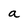
Character: a